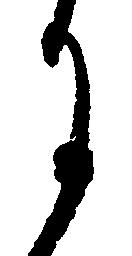
月